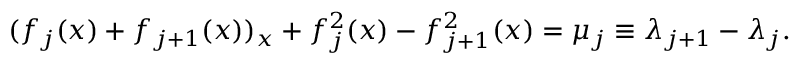
( f _ { j } ( x ) + f _ { j + 1 } ( x ) ) _ { x } + f _ { j } ^ { 2 } ( x ) - f _ { j + 1 } ^ { 2 } ( x ) = \mu _ { j } \equiv \lambda _ { j + 1 } - \lambda _ { j } .